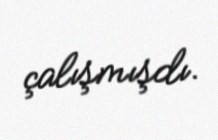
çalışmışdı.